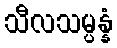
သီလသမ္ပန္နံ